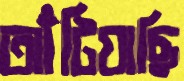
আঁটিয়াছি